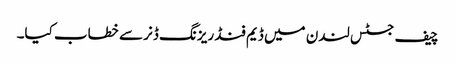
چیف جسٹس لندن میں ڈیم فنڈ ریزنگ ڈنر سے خطاب کیا۔